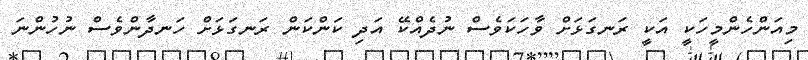
މިއަންހެންމީހަކީ އަކީ ރަނގަޅަށް ވާހަކަވެސް ނުދެއްކޭ އަދި ކަންކަން ރަނގަޅަށް ހަނދާންވެސް ނުހުންނަ